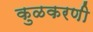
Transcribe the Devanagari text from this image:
कुळकरणी